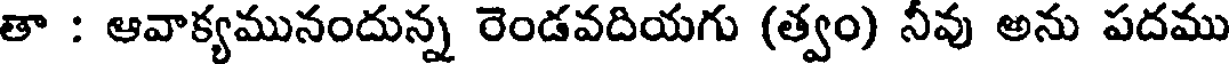
తా : ఆవాక్యమునందున్న రెండవదియగు (త్వం) నీవు అను పదము